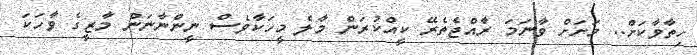
ހިތާވާކަށް.. މަށަށް ވާނަމަ ރާއްޖެތެރޭ ކީއްކުރަން މާލެ މީހަކާވެސް ނީންނާނަން މާޒީގެ ވާހަކަ